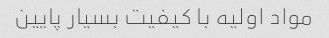
مواد اولیه با کیفیت بسیار پایین